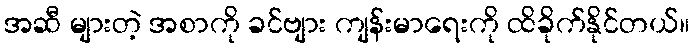
အဆီ များတဲ့ အစာကို ခင်ဗျား ကျန်းမာရေးကို ထိခိုက်နိုင်တယ်။